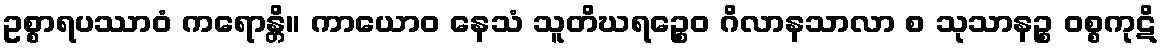
ဥစ္စာရပဿာဝံ ကရောန္တိ။ ကာယောဝ နေသံ သူတိဃရဉ္စေဝ ဂိလာနသာလာ စ သုသာနဉ္စ ဝစ္စကုဋိ